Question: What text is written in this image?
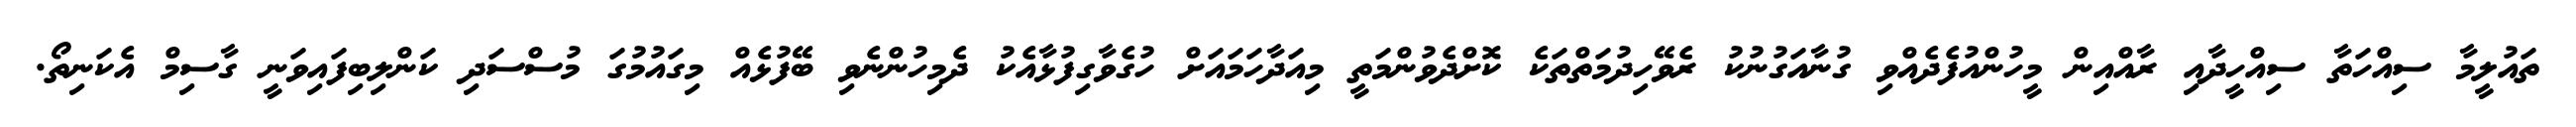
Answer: ތައުލީމާ ސިއްހަތާ ސިއްހީދާއި ރާއްއިން މީހުންއުފެދެއްވި ގުނާއަގުނުކު ރެވޭހިދުމަތްތަކެ ކޮށްދެވުންމަތީ މިއަދާހަމައަށް ހުގެވާގިފުޅާއެކު ދެމިހުންނެވި ބޭފުޅެއް މިގައުމުގަ މުސްސަދި ކަންލިބިފައިވަނީ ގާސިމް އެކަނިތޯ.